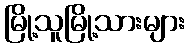
မြို့သူမြို့သားများ